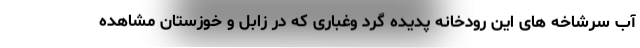
آب سرشاخه های این رودخانه پدیده گرد وغباری که در زابل و خوزستان مشاهده